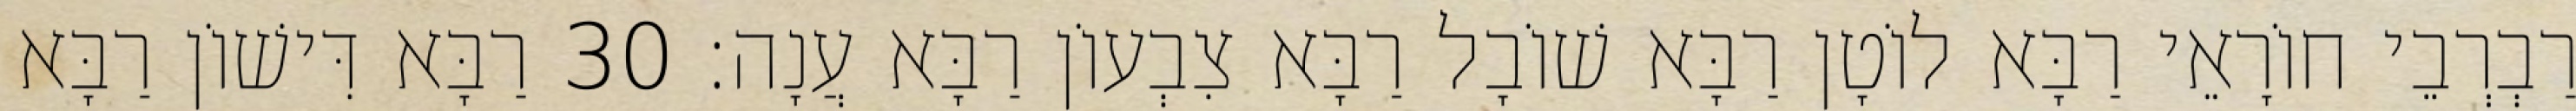
רַבְרְבֵי חוֹרָאֵי רַבָּא לוֹטָן רַבָּא שׁוֹבָל רַבָּא צִבְעוֹן רַבָּא עֲנָה׃ 30 רַבָּא דִּישׁוֹן רַבָּא